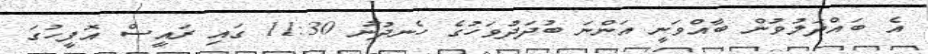
އެ ބައްދަލުވުން ބާއްވަނީ އަންނަ ބުދަދުވަހުގެ ހެނދުނު 11:30 ގައި ރައީސް އޮފީހުގަ